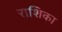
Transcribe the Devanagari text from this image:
राशिका